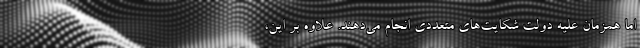
اما همزمان علیه دولت شکایت‌های متعددی انجام می‌دهند. علاوه بر این،